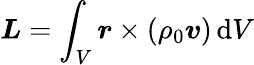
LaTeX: \boldsymbol{L}=\int_{V}\boldsymbol{r}\times(\rho_{0}\boldsymbol{v})\, \mathrm{d}V